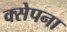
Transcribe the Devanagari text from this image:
क्सेपना